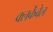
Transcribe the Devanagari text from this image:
क्लर्केंवेल